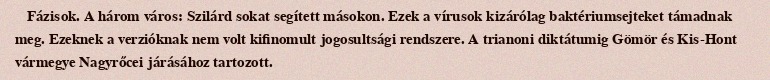
Fázisok. A három város: Szilárd sokat segített másokon. Ezek a vírusok kizárólag baktériumsejteket támadnak meg. Ezeknek a verzióknak nem volt kifinomult jogosultsági rendszere. A trianoni diktátumig Gömör és Kis-Hont vármegye Nagyrőcei járásához tartozott.